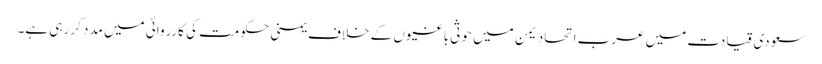
سعودی قیادت میں عرب اتحاد یمن میں حوثی باغیوں کے خلاف یمنی حکومت کی کارروائی میں مدد کر رہی ہے۔